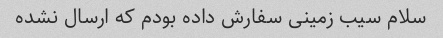
سلام سیب زمینی سفارش داده بودم که ارسال نشده